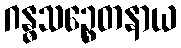
ဂန္ဓသဉ္စေတနာယ